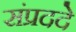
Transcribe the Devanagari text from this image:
संप्रददे